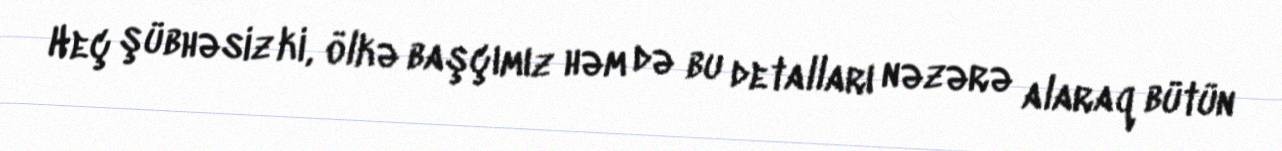
Heç şübhəsiz ki, ölkə başçımız həm də bu detalları nəzərə alaraq bütün